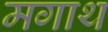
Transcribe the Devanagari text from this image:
मगाथ